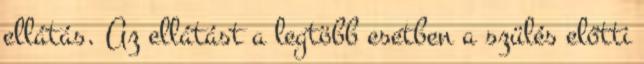
ellátás. Az ellátást a legtöbb esetben a szülés előtti